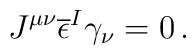
J^{\mu\nu}\overline{\epsilon}^{I}\gamma_{\nu}=0\, .